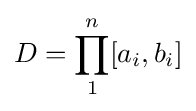
D=\prod _{1}^{n}[a_{i},b_{i}]